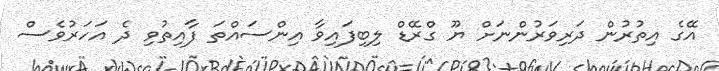
އޭގެ އިތުރުން ދަރިވަރުންނަށް ޔޫ ގްރޭޑް ލިބިފައިވާ އިންސައްތަ ފާއިތުވި ދެ އަހަރުވެސް